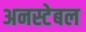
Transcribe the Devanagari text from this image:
अनस्टेबल